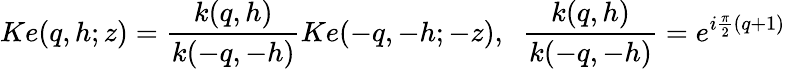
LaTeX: Ke(q,h;z)=\frac{k(q,h)}{k(-q,-h)}Ke(-q,-h;-z),\; \; \frac{k(q,h)}{k(-q,-h)}=e^{i\frac{\pi}{2}(q+1)}